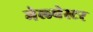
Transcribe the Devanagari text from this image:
मेल्चेस्टर